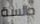
جالسة